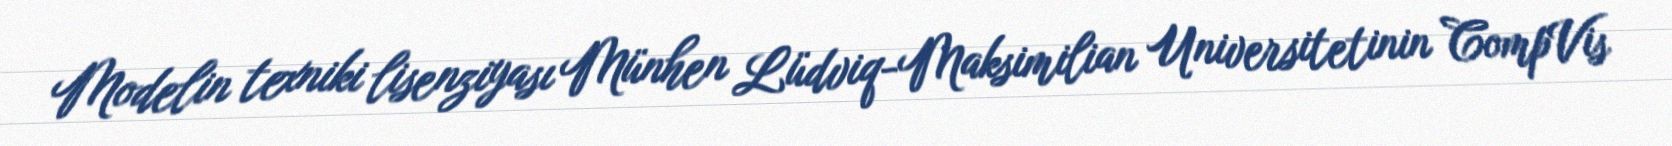
Modelin texniki lisenziyası Münhen Lüdviq-Maksimilian Universitetinin CompVis